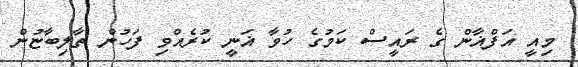
މިއީ އަފްޣާން ގެ ރައީސް ކަމުގެ ހުވާ ޣަނީ ކުރެއްވި ފަހުން ތާލިބާޏުން